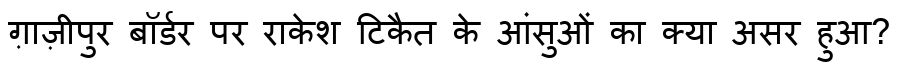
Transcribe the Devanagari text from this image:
ग़ाज़ीपुर बॉर्डर पर राकेश टिकैत के आंसुओं का क्या असर हुआ?